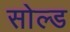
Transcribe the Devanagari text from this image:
सोल्‍ड